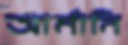
আর্মানি